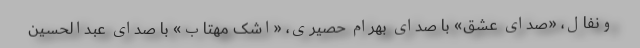
ونفال، «صدای عشق» با صدای بهرام حصیری، «اشک مهتاب» با صدای عبدالحسین